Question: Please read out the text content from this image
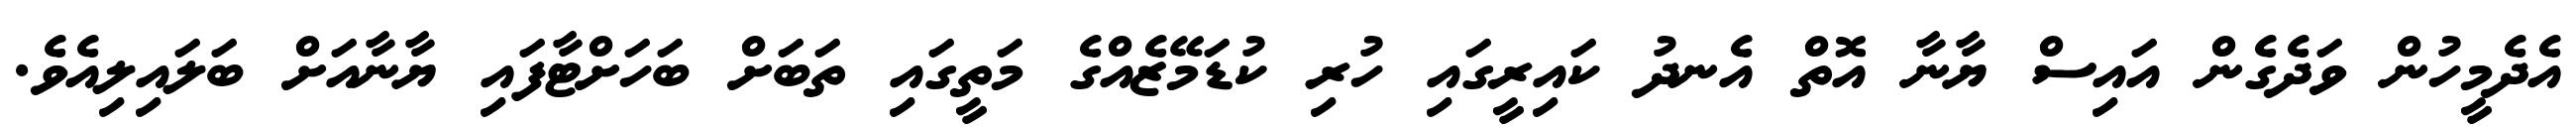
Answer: އެދެމީހުން ވަދެގެން އައިސް ޔާނާ އޮތް އެނދު ކައިރީގައި ހުރި ކުޑަމޭޒެއްގެ މަތީގައި ތަބަށް ބަހަށްޓާފައި ޔާނާއަށް ބަލައިލިއެވެ.